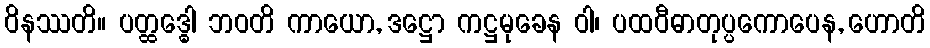
ဝိနဿတိ။ ပတ္ထဒ္ဓေါ ဘဝတိ ကာယော, ဒဋ္ဌော ကဋ္ဌမုခေန ဝါ၊ ပထဝီဓာတုပ္ပကောပေန, ဟောတိ